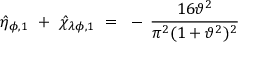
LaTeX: \hat { \eta } _ { \phi , 1 } ~ + ~ \hat { \chi } _ { \lambda \phi , 1 } ~ = ~ - \, \frac { 1 6 \vartheta ^ { 2 } } { \pi ^ { 2 } ( 1 + \vartheta ^ { 2 } ) ^ { 2 } }